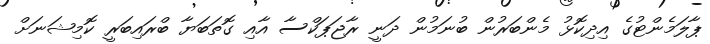
ޕާލަމެންޓުގެ އިދިކޮޅު މެންބަރުން ބުނަމުން ދަނީ ރާޖަޕަކްސާ އާއި ގޮތަބަޔާ ބްރައިބަރީ ކޮމިޝަނަށް